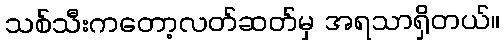
သစ်သီးကတော့လတ်ဆတ်မှ အရသာရှိတယ်။